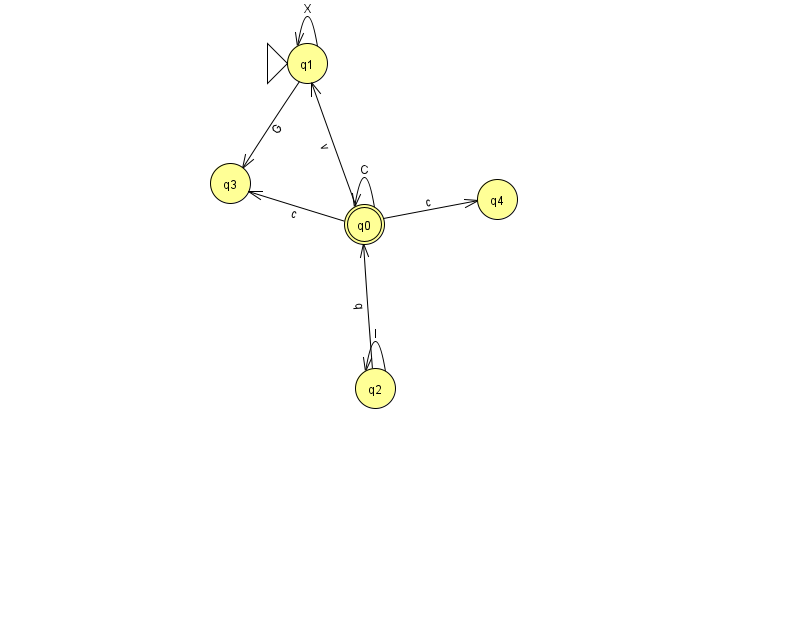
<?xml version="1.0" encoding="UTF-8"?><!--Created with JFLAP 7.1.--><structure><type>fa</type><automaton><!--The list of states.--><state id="0" name="q0"><x>364.0</x><y>211.0</y><final/></state><state id="1" name="q1"><x>307.0</x><y>50.0</y><initial/></state><state id="2" name="q2"><x>375.0</x><y>375.0</y></state><state id="3" name="q3"><x>230.0</x><y>170.0</y></state><state id="4" name="q4"><x>497.0</x><y>186.0</y></state><!--The list of transitions.--><transition><from>0</from><to>0</to><read>C</read></transition><transition><from>0</from><to>4</to><read>c</read></transition><transition><from>2</from><to>0</to><read>q</read></transition><transition><from>0</from><to>3</to><read>c</read></transition><transition><from>1</from><to>1</to><read>X</read></transition><transition><from>1</from><to>3</to><read>G</read></transition><transition><from>2</from><to>2</to><read>I</read></transition><transition><from>0</from><to>1</to><read>v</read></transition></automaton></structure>